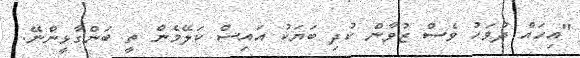
"އިހައް ދުވަހު ވެސް ޒުވާން ކުދި ބަޔަކު އައިސް ކަލޭމެން ތީ ބަންގާޅީންނޭ.